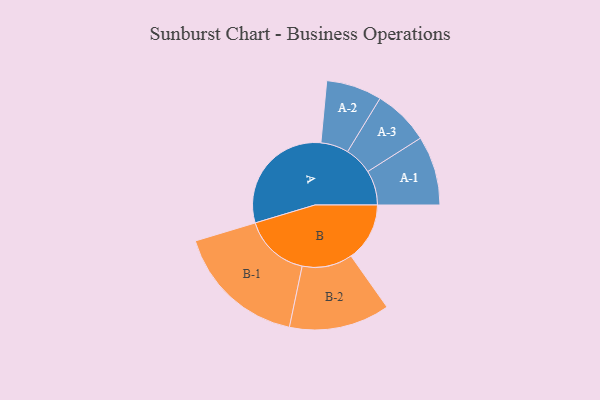
{"axis": {"x": "Segment", "y": "Value"}, "legend": ["", "A", "B"], "data": [{"x": "A", "y": 436, "type": ""}, {"x": "B", "y": 213, "type": ""}, {"x": "A-1", "y": 126, "type": "A"}, {"x": "A-2", "y": 101, "type": "A"}, {"x": "A-3", "y": 102, "type": "A"}, {"x": "B-1", "y": 239, "type": "B"}, {"x": "B-2", "y": 183, "type": "B"}]}